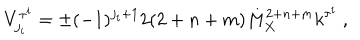
LaTeX: V _ { j _ { i } } ^ { \tau ^ { i } } = \pm ( - 1 ) ^ { j _ { i } + 1 } 2 ( 2 + n + m ) M _ { X } ^ { 2 + n + m } k ^ { \tau ^ { i } } ~ , ~ \,